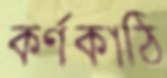
কর্ণকাঠি